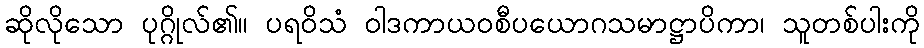
ဆိုလိုသော ပုဂ္ဂိုလ်၏။ ပရဝိသံ ဝါဒကာယဝစီပယောဂသမာဋ္ဌာပိကာ၊ သူတစ်ပါးကို